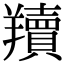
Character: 𦏢